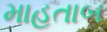
માહતાબ